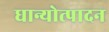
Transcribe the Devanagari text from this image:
धान्योत्पादन